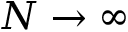
N \to \infty